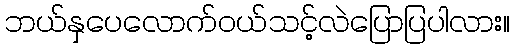
ဘယ်နှပေလောက်ဝယ်သင့်လဲပြောပြပါလား။